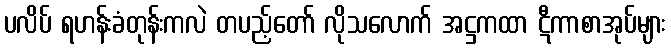
ပလိပ် ရဟန်းခံတုန်းကလဲ တပည့်တော် လိုသလောက် အဋ္ဌကထာ ဋီကာစာအုပ်များ